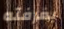
بغرفته